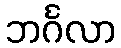
ဘင်္ဂလာ